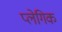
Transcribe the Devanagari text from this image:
प्लेगिक